Source: Handwritten
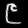
Digit: ၉ (9)